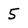
Character: 5